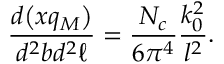
{ \frac { d \big ( x q _ { M } \big ) } { d ^ { 2 } b d ^ { 2 } \ell } } = { \frac { N _ { c } } { 6 \pi ^ { 4 } } } \frac { k _ { 0 } ^ { 2 } } { l ^ { 2 } } .